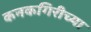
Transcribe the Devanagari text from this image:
कनकगिरीच्या